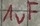
Text: 1uF